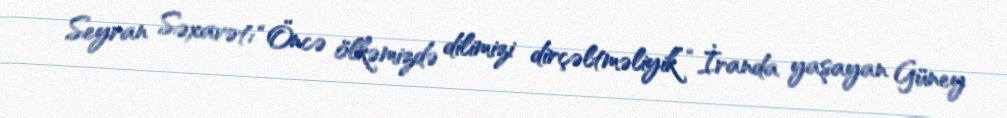
Seyran Səxavət: “Öncə ölkəmizdə dilimizi dirçəltməliyik” “İranda yaşayan Güney